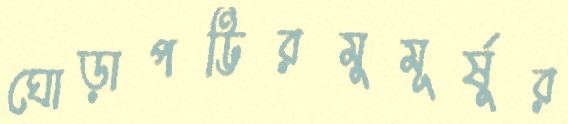
ঘোড়াপট্টিরমুমূর্ষুর